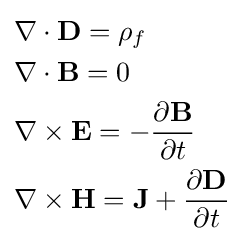
{\begin{aligned}&\nabla \cdot \mathbf {D} =\rho _{f}\\&\nabla \cdot \mathbf {B} =0\\&\nabla \times \mathbf {E} =-{\frac {\partial \mathbf {B} }{\partial t}}\\&\nabla \times \mathbf {H} =\mathbf {J} +{\frac {\partial \mathbf {D} }{\partial t}}\end{aligned}}